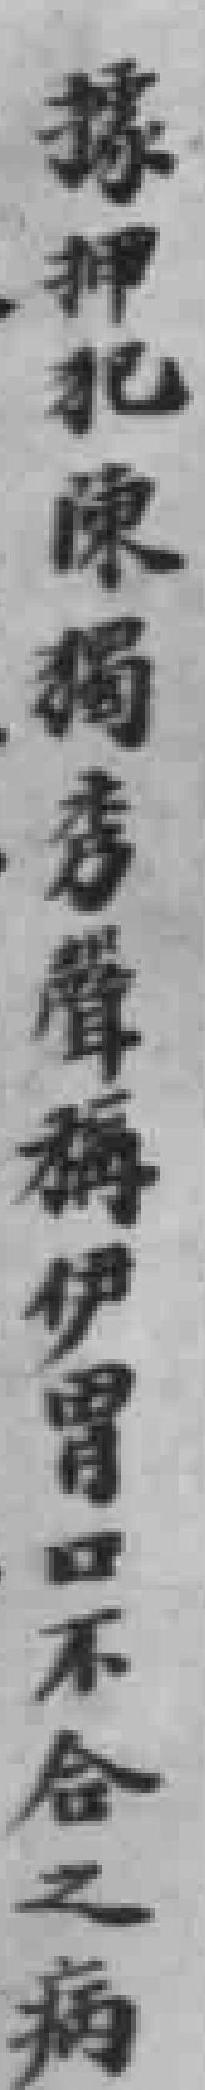
據押犯陳獨秀聲稱伊胃口不合之病